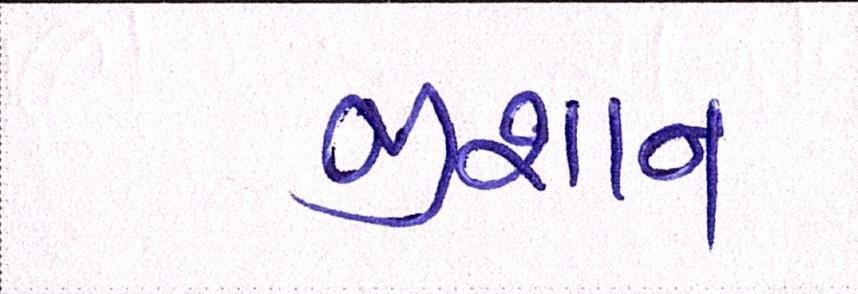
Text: જીશાન